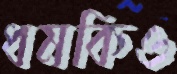
ধমকিও